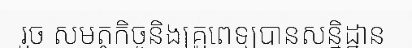
រួច សមត្ថកិច្ចនិងគ្រួពេទ្យបានសន្និដ្ឋាន